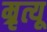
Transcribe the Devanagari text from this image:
म्रृत्यू